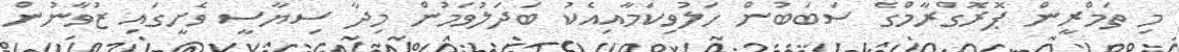
މި ތަމްރީން ޕޮރޮގްރާމްގެ ސަބަބުން ހަލުވިކަމާއިއެކު ބަދަލުވަމުން މިދާ ސިޔާސީ ވެށީގައި ޒުވާނުން